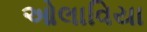
ઓલાવિયા